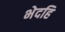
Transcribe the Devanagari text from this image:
भेदहि